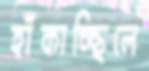
হাঁকাচ্ছিলে